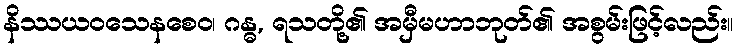
နိဿယဝသေနစေဝ၊ ဂန္ဓ, ရသတို့၏ အမှီမဟာဘုတ်၏ အစွမ်းဖြင့်လည်း။